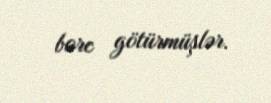
borc götürmüşlər.